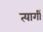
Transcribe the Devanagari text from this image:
त्यागीं